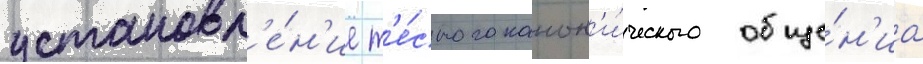
установл'е́н'ие т'е́сного канон'и́ческого обще́н'иа